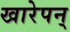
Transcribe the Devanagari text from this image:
खारेपन्